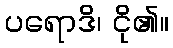
ပရောဒိ၊ ငို၏။